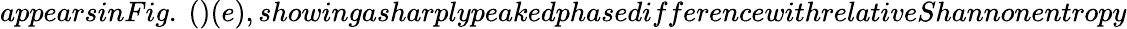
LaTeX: appearsinFig.~()(e),showingasharplypeakedphasedifferencewithrelativeShannonentropy